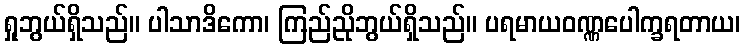
ရှုဘွယ်ရှိသည်။ ပါသာဒိကော၊ ကြည်ညိုဘွယ်ရှိသည်။ ပရမာယဝဏ္ဏပေါက္ခရတာယ၊